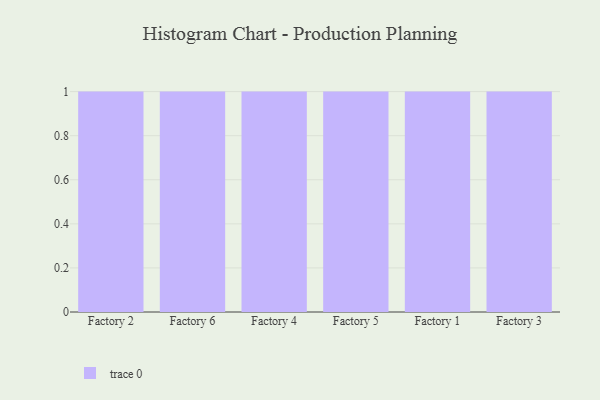
{"axis": {"x": "Factory", "y": "Revenue (USD Million)"}, "legend": [""], "data": [{"x": "Factory 2", "y": 7, "type": ""}, {"x": "Factory 6", "y": 86, "type": ""}, {"x": "Factory 4", "y": 88, "type": ""}, {"x": "Factory 5", "y": 86, "type": ""}, {"x": "Factory 1", "y": 78, "type": ""}, {"x": "Factory 3", "y": 9, "type": ""}]}